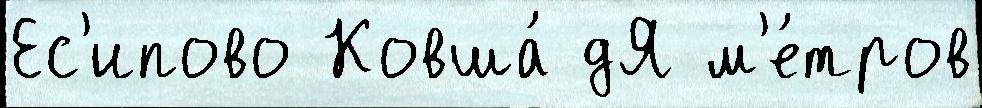
Ес'ипово Ковша́ дЯ м'е́тров